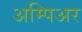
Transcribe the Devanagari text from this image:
अम्पिअर